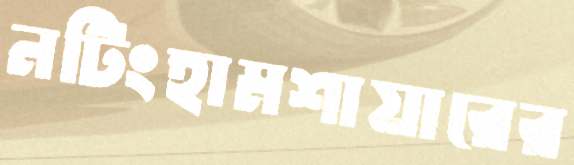
নটিংহামশায়ারের